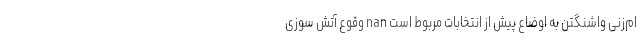
ام‌زنی واشنگتن به اوضاع پیش از انتخابات مربوط است nan وقوع آتش سوزی